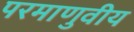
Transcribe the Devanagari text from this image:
परमाणुवीय